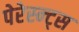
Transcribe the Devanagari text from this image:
पेरेस्न्ट्स